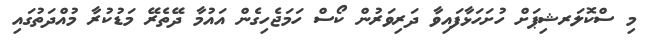
މި ސްކޮލަރޝިޕަށް ހުށަހަޅާފައިވާ ދަރިވަރުން ކޯސް ހަމަޖެހިގެން އައުމާ ދޭތެރޭ މަޑުކުރާ މުއްދަތުގައި